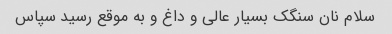
سلام نان سنگک بسیار عالی و داغ و به موقع رسید سپاس